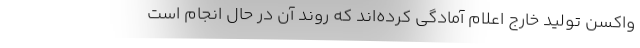
واکسن تولید خارج اعلام آمادگی کرده‌اند که روند آن در حال انجام است